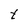
Character: t